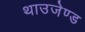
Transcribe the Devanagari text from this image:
थाउजेण्ड